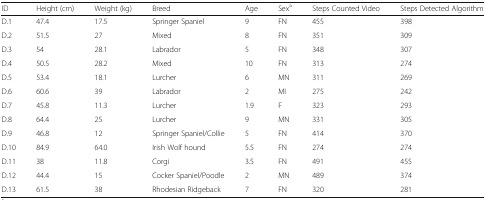
| ID | Height (cm) | Weight (kg) | Breed | Age | Sexa | Steps Counted Video | Steps Detected Algorithm |
 | --- | --- | --- | --- | --- | --- | --- | --- |
 | D.1 | 47.4 | 17.5 | Springer Spaniel | 9 | FN | 455 | 398 |
 | D.2 | 51.5 | 27 | Mixed | 8 | FN | 351 | 309 |
 | D.3 | 54 | 28.1 | Labrador | 5 | FN | 348 | 307 |
 | D.4 | 50.5 | 28.2 | Mixed | 10 | FN | 313 | 274 |
 | D.5 | 53.4 | 18.1 | Lurcher | 6 | MN | 311 | 269 |
 | D.6 | 60.6 | 39 | Labrador | 2 | MI | 275 | 242 |
 | D.7 | 45.8 | 11.3 | Lurcher | 1.9 | F | 323 | 293 |
 | D.8 | 64.4 | 25 | Lurcher | 9 | MN | 331 | 305 |
 | D.9 | 46.8 | 12 | Springer Spaniel/Collie | 5 | FN | 414 | 370 |
 | D.10 | 84.9 | 64.0 | Irish Wolf hound | 5.5 | FN | 274 | 274 |
 | D.11 | 38 | 11.8 | Corgi | 3.5 | FN | 491 | 455 |
 | D.12 | 44.4 | 15 | Cocker Spaniel/Poodle | 2 | MN | 489 | 374 |
 | D.13 | 61.5 | 38 | Rhodesian Ridgeback | 7 | FN | 320 | 281 |